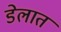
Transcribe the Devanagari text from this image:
डेलात